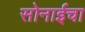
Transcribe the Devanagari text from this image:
सोनाईचा